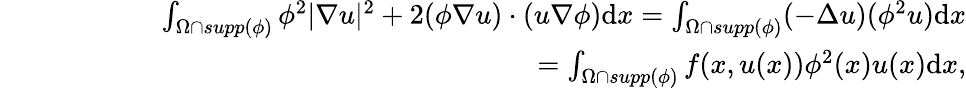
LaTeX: \begin{array}{rlr}&{}&{\int_{\Omega\cap supp(\phi)}\phi^{2}|\nabla u|^{2}+2(\phi\nabla u)\cdot(u\nabla\phi)\mathrm{d}x=\int_{\Omega\cap supp(\phi)}(-\Delta u)(\phi^{2}u)\mathrm{d}x}\\ &{}&{\qquad\qquad\qquad\qquad\qquad\qquad\qquad\qquad\quad=\int_{\Omega\cap supp(\phi)}f(x,u(x))\phi^{2}(x)u(x)\mathrm{d}x,}\end{array}